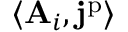
\langle \mathbf { A } _ { i } , \mathbf { j } ^ { \mathrm { p } } \rangle